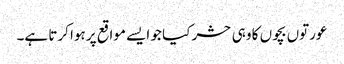
عورتوں بچوں کا وہی حشر کیا جو ایسے مواقع پر ہوا کرتا ہے۔